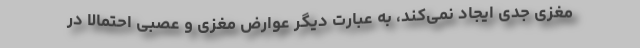
مغزی جدی ایجاد نمی‌کند، به عبارت دیگر عوارض مغزی و عصبی احتمالا در